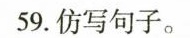
59.仿写句子。